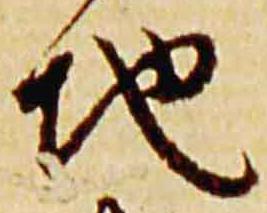
地